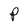
Character: P